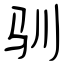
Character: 驯